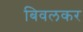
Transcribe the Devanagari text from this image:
बिवलकर